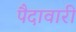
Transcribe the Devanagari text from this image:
पैदावारी